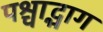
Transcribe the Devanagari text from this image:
पश्चाद्भाग